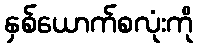
နှစ်ယောက်စလုံးကို